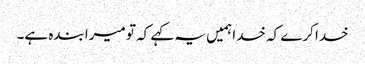
خدا کرے کہ خدا ہمیں یہ کہے کہ تو میرا بندہ ہے۔